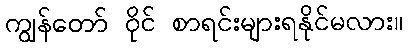
ကျွန်တော် ဝိုင် စာရင်းများရနိုင်မလား။